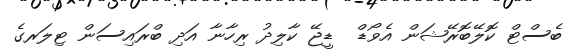
ބެސްޓް ކޮލޭބޮރޭޝަން އެވޯޑް  ޑީޖޭ ކާލިދު ރިހާނާ އަދި ބްރައިސަން ޓިލަރގެ